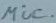
Text: mic